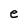
Character: e